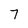
Character: 7